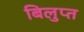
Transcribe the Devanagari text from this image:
बिलुप्त